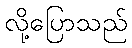
လို့ပြောသည်